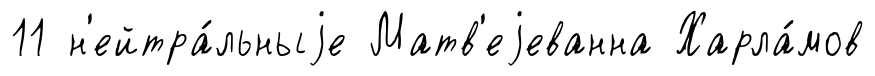
11 н'ейтра́льныjе Матв'еjеванна Харла́мов